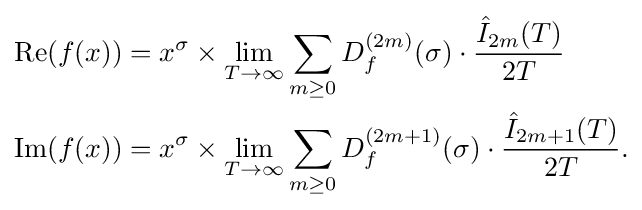
{\begin{aligned}\operatorname {Re} (f(x))&=x^{\sigma }\times \lim _{T\rightarrow \infty }\sum _{m\geq 0}D_{f}^{(2m)}(\sigma )\cdot {\frac {{\hat {I}}_{2m}(T)}{2T}}\\\operatorname {Im} (f(x))&=x^{\sigma }\times \lim _{T\rightarrow \infty }\sum _{m\geq 0}D_{f}^{(2m+1)}(\sigma )\cdot {\frac {{\hat {I}}_{2m+1}(T)}{2T}}.\end{aligned}}